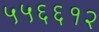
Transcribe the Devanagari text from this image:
५५६६१२